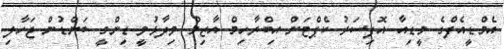
އެމްޑީއެފްގެ މީޑިއާ އޮފިސަރު ކެޕްޓަން އިބްރާހިމް އާޒިމް ވިދާޅުވީ ޑިންގީ ބަންޑުން ޖަހާލި